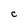
Character: c